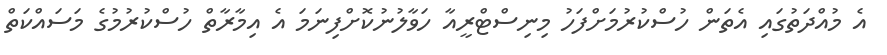
އެ މުއްދަތުގައި އެތަން ހުސްކުރުމަށްފަހު މިނިސްޓްރީއާ ހަވާލުނުކޮށްފިނަމަ އެ އިމާރާތް ހުސްކުރުމުގެ މަސައްކަތް